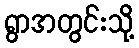
ရွာအတွင်းသို့